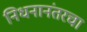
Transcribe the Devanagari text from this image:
निधनानंतरचा